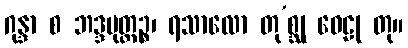
ဂုန္ဒာ စ ဘဒ္ဒမုတ္တဉ္စ၊ ရသာလော တု’စ္ဆု ဝေဠု တု။